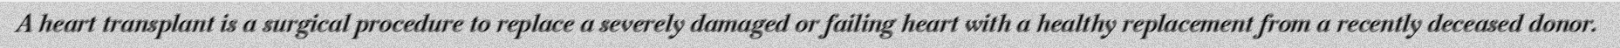
A heart transplant is a surgical procedure to replace a severely damaged or failing heart with a healthy replacement from a recently deceased donor.